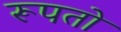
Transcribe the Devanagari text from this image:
रूपतो